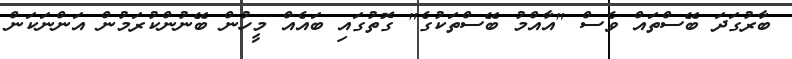
ބާރުގަދަ ބޭސްތައް ވެސް "އާއްމު ބޭސްތަކުގެ" ގޮތުގައި ބައެއް މީހުން ބޭނުންކުރަމުން އަންނަކަން